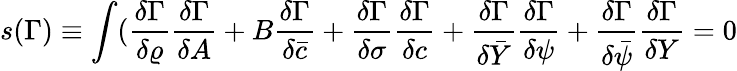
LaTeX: s(\Gamma)\equiv\int(\frac{\delta\Gamma}{\delta\varrho}\frac{\delta\Gamma}{\delta A}+B\frac{\delta\Gamma}{\delta\bar{c}}+\frac{\delta\Gamma}{\delta\sigma}\frac{\delta\Gamma}{\delta c}+\frac{\delta\Gamma}{\delta\bar{Y}}\frac{\delta\Gamma}{\delta\psi}+\frac{\delta\Gamma}{\delta\bar{\psi}}\frac{\delta\Gamma}{\delta Y}=0